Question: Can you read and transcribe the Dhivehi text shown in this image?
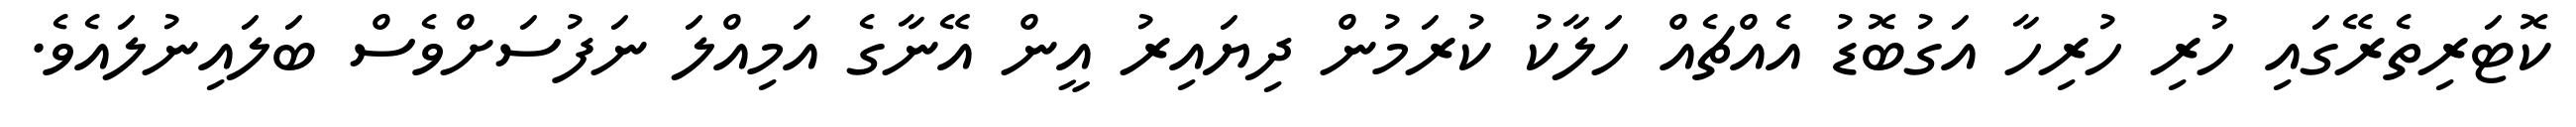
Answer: ކޮޓަރިތެރޭގައި ހުރި ހުރިހާ އަގުބޮޑު އެއްޗެއް ހަލާކު ކުރަމުން ދިޔައިރު އީން އޭނާގެ އަމިއްލަ ނަފުސަށްވެސް ބަލައިނުލައެވެ.